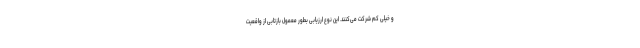
و خیلی کم شرکت می‌کنند. این نوع ارزیابی بطور معمول بازتابی از واقعیت